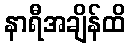
နာရီအချိန်ထိ